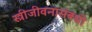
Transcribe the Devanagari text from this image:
स्त्रीजीवनासंबंधी